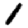
Digit: 1